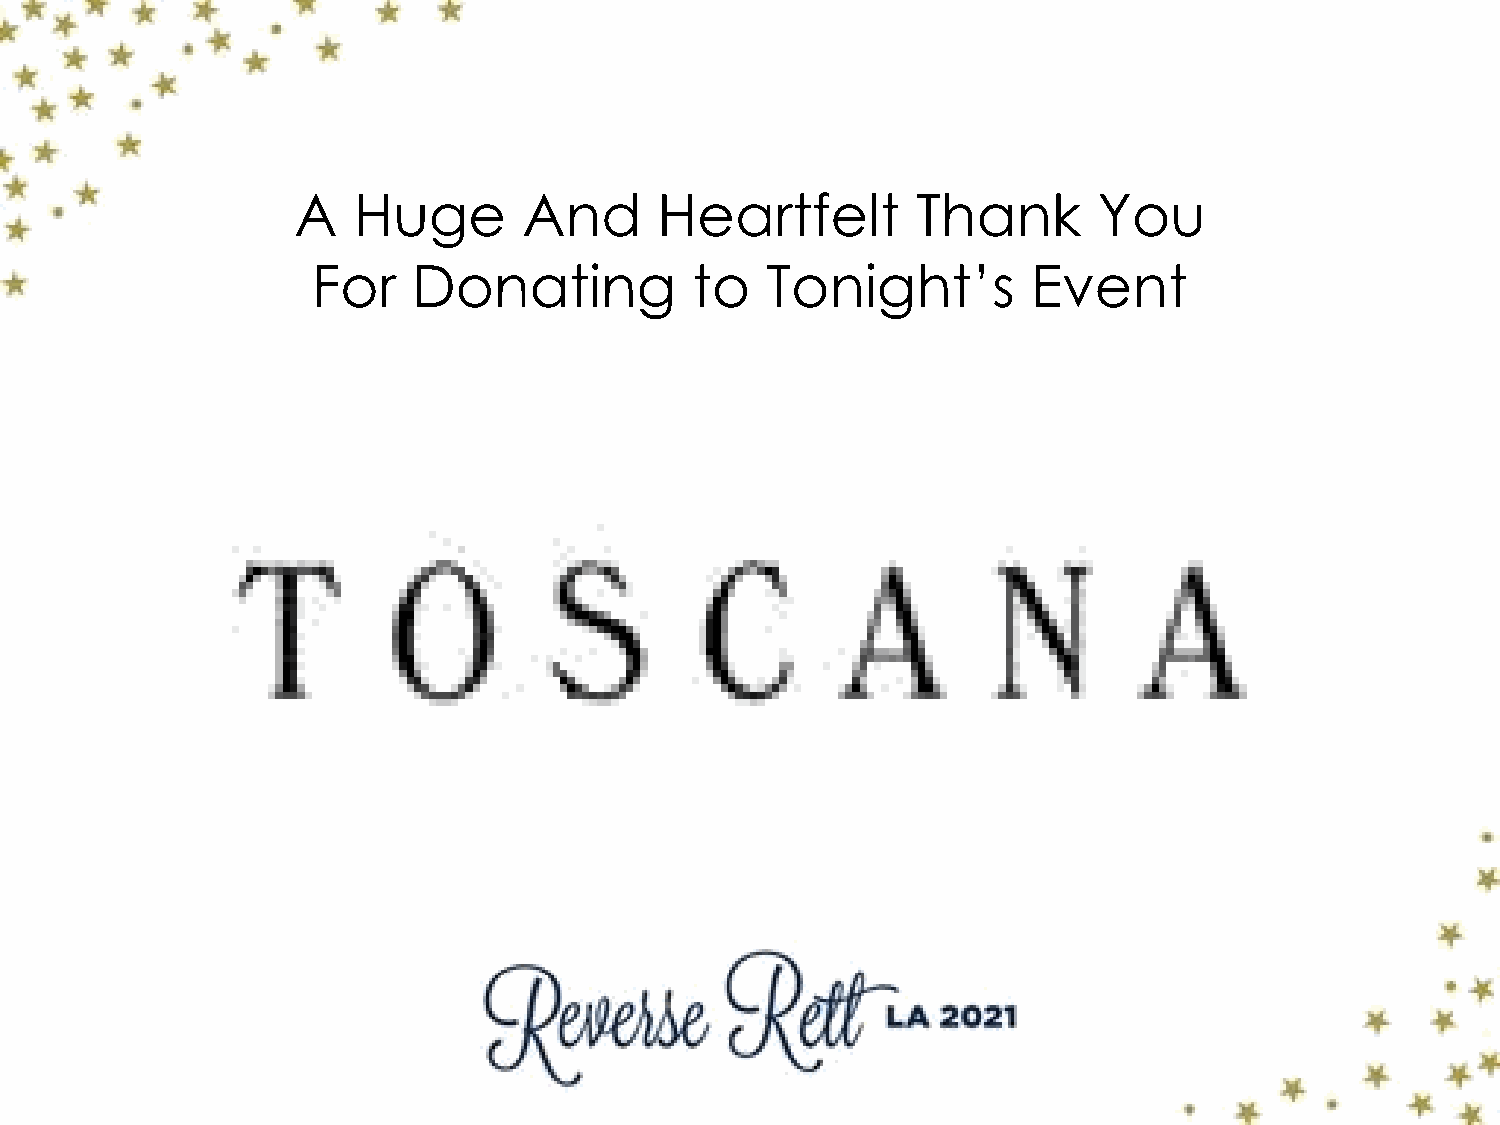
A   Huge        And      Heartfelt        Thank       You
 For   Donating           to   Tonight’s        Event